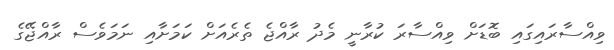
ވިއްސާރައިގައި ބޮޑަށް ވިއްސާރަ ކުރާނީ މެދު ރާއްޖެ ތެރެއަށް ކަމަށާއި ނަމަވެސް ރާއްޖޭގެ